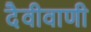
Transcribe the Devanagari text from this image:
दैवीवाणी